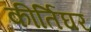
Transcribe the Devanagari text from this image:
कीर्तिघर